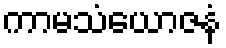
ကာမသံယောဇနံ